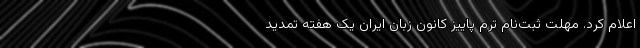
اعلام کرد. مهلت ثبت‌نامِ ترم پاییز کانون زبان ایران یک هفته تمدید